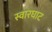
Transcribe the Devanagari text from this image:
स्‍वारघाट